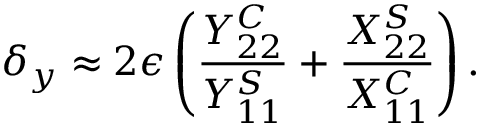
\delta _ { y } \approx 2 \epsilon \left( \frac { Y _ { 2 2 } ^ { C } } { Y _ { 1 1 } ^ { S } } + \frac { X _ { 2 2 } ^ { S } } { X _ { 1 1 } ^ { C } } \right) .